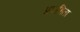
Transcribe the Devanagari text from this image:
प्रवाहिता